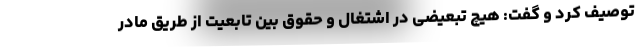
توصیف کرد و گفت: هیچ تبعیضی در اشتغال و حقوق بین تابعیت از طریق مادر